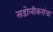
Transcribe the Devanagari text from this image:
सडोलीकरांचा